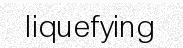
liquefying